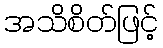
အသိစိတ်ဖြင့်